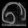
Digit: ၈